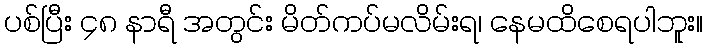
ပစ်ပြီး ၄၈ နာရီ အတွင်း မိတ်ကပ်မလိမ်းရ၊ နေမထိစေရပါဘူး။